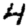
Digit: 4